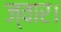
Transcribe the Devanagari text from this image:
ज्वार।